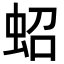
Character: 蛁